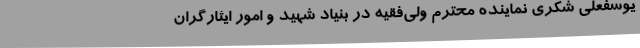
یوسفعلی شکری نماینده محترم ولی‌فقیه در بنیاد شهید و امور ایثارگران